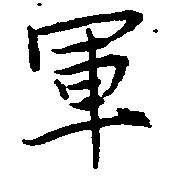
軍